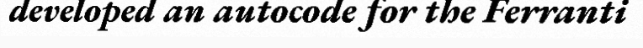
developed an autocode for the Ferranti